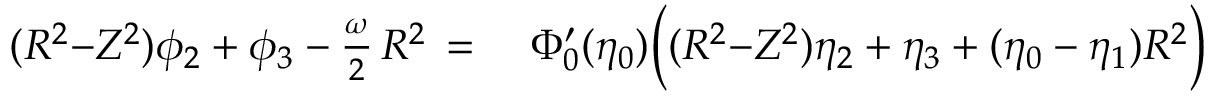
\begin{array} { r l } { ( R ^ { 2 } { - } Z ^ { 2 } ) \phi _ { 2 } + \phi _ { 3 } - \frac { \omega } { 2 } \, R ^ { 2 } \, = \, } & { { } \, \Phi _ { 0 } ^ { \prime } ( \eta _ { 0 } ) \Bigl ( ( R ^ { 2 } { - } Z ^ { 2 } ) \eta _ { 2 } + \eta _ { 3 } + ( \eta _ { 0 } - \eta _ { 1 } ) R ^ { 2 } \Bigr ) } \end{array}